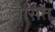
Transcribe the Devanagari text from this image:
बैसित